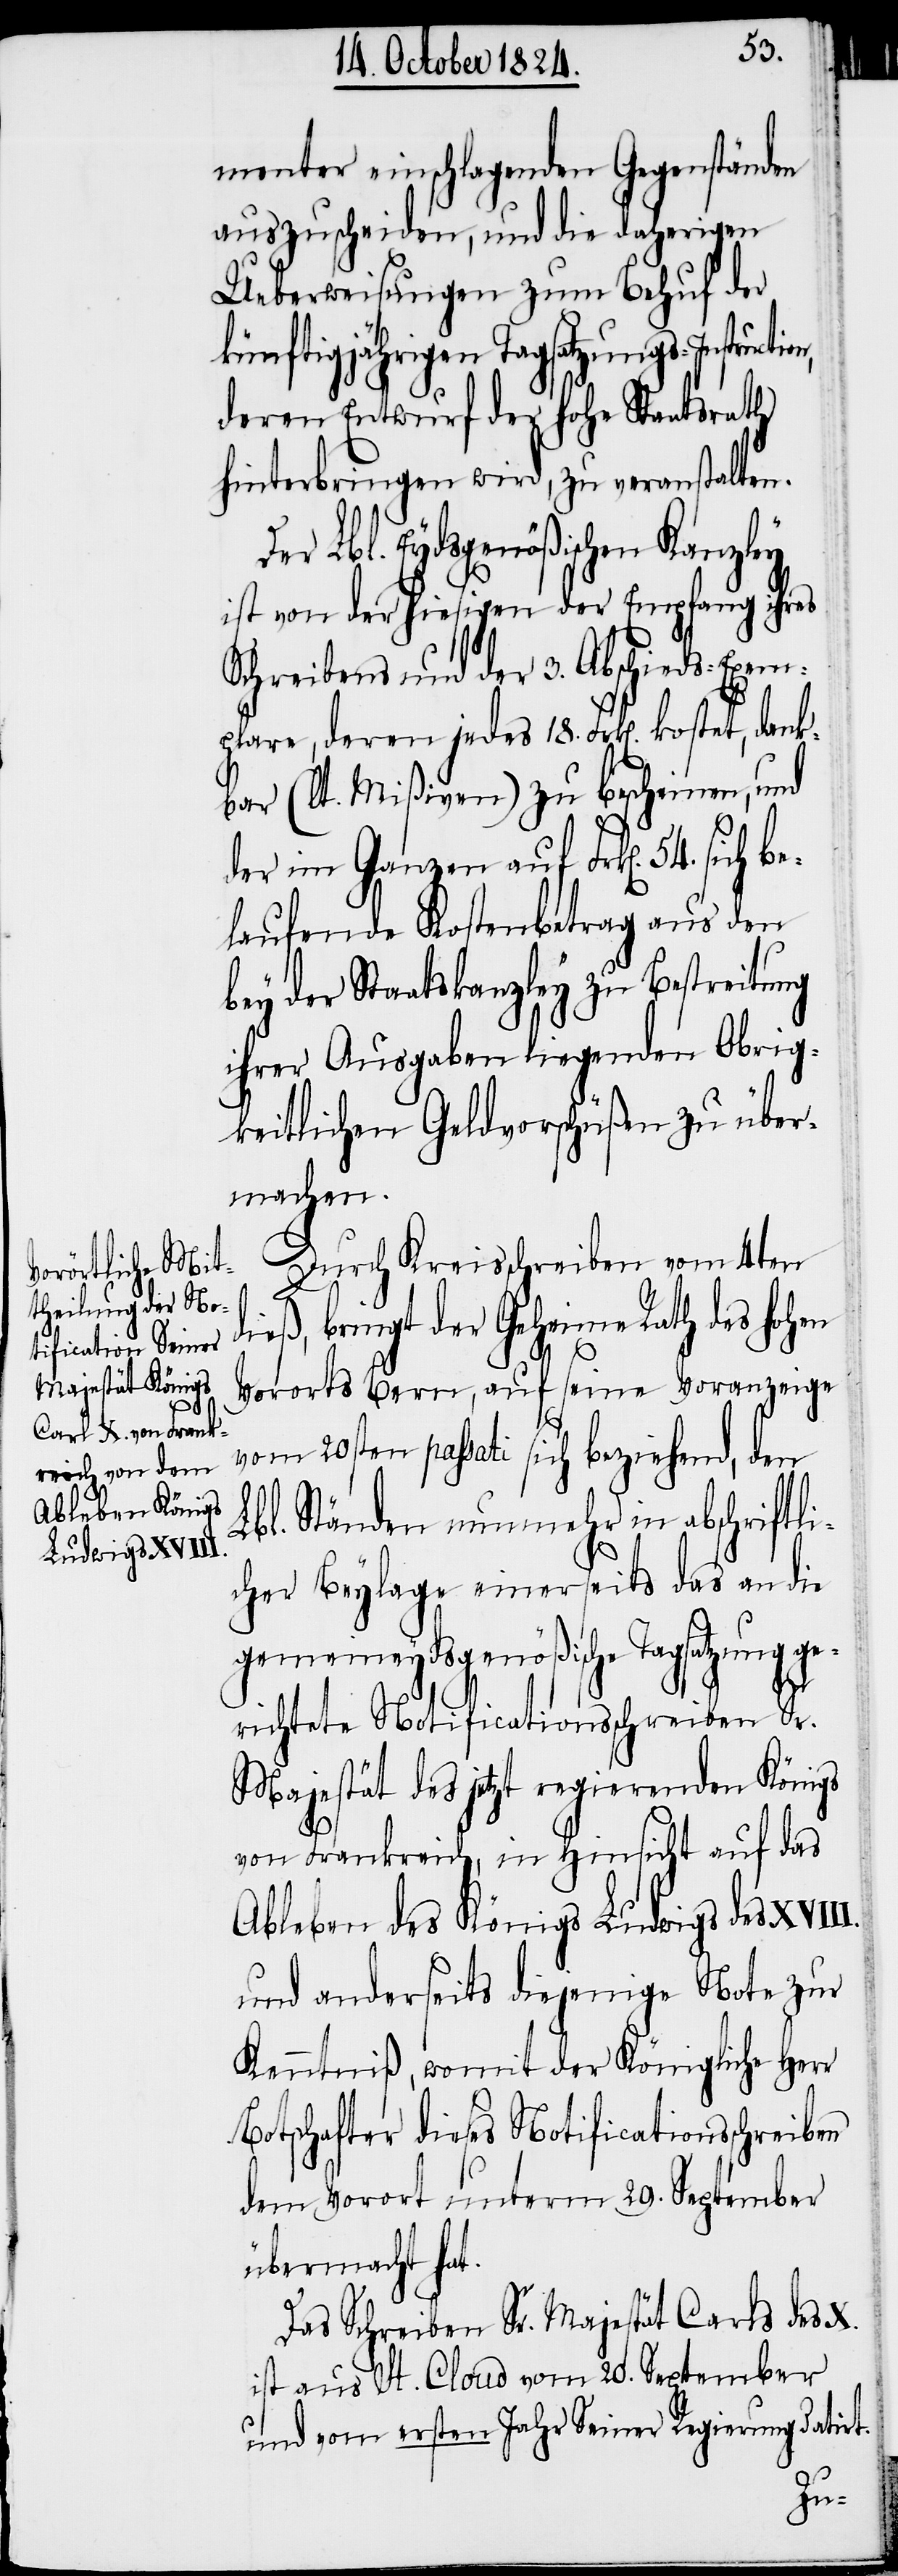
menter einschlagenden Gegenstände
auszuscheiden, und die daherigen
Ueberweisungen zum Behuf der
künftigjährigen Tagsatzungs-Instruc¬
deren Entwurf der hohe Staatsrath
hinterbringen wird, zu veranstalten.
er Lbl. Eydsgenößischen Kanzley
ist von der hiesigen der Empfang ihres
Schreibens und der 3. Abschieds-Exem¬
plare, deren jedes 18. Frk[en]. kostet, dan¬
kbar (lt. Mißiven) zu bescheinen, und
der im Ganzen auf Frk[en]. 54.
laufende Kostenbetrag aus den
bey der Staatskanzley zu Bestreitung
ihrer Ausgaben liegenden Obrig¬
keitlichen Geldvorschüßen zu über¬
machen.
Durch Kreisschreiben vom 4ten
eß, bringt der Geheime Rath des hohen
Vororts Bern, auf seine Voranzeige
vom 20sten passati sich beziehend, den
Lbl. Ständen nunmehr in abschriftli¬
cher Beylage einerseits das an die
gemeineydsgenößische Tagsatzung ge¬
richtete Notificationsschreiben Sr.
Majestät des jetzt regierenden Königs
von Frankreich, in Hinsicht auf das
Ableben des Königs Ludwigs des XVIII.
und anderseits diejenige Note zur
Kenntniß, womit der Königliche Herr
Botschafter dieses Notificationsschreiben
dem Vorort unterm 29. September
übermacht hat.
Das Schreiben Sr. Majestät Carls des X.
ist aus St. Cloud vom 20. September
und vom ersten Jahr Seiner Regierung datirt.
di¬